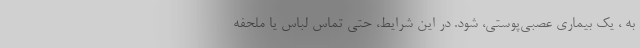
به ، یک بیماری عصبی‌پوستی، شود. در این شرایط، حتی تماس لباس یا ملحفه